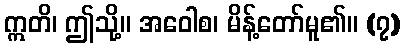
ဣတိ၊ ဤသို့။ အဝေါစ၊ မိန့်တော်မူ၏။ (၇)